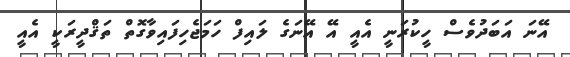
އޭނަ އަބަދުވެސް ހީކުރަނީ އެއީ އޭ އޭނަގެ ލައިފް ހަމަޖެހިފައިވާގޮތް ތަޤްދީރަކީ އެއީ